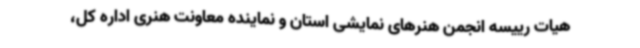
هیات رییسه انجمن هنرهای نمایشی استان و نماینده معاونت هنری اداره کل،